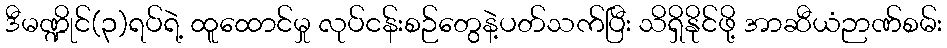
ဒီမဏ္ဍိုင်(၃)ရပ်ရဲ့ ထူထောင်မှု လုပ်ငန်းစဉ်တွေနဲ့ပတ်သက်ပြီး သိရှိနိုင်ဖို့ အာဆီယံဉာဏ်စမ်း